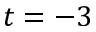
t = - 3